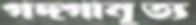
গদ্গানৃত্য